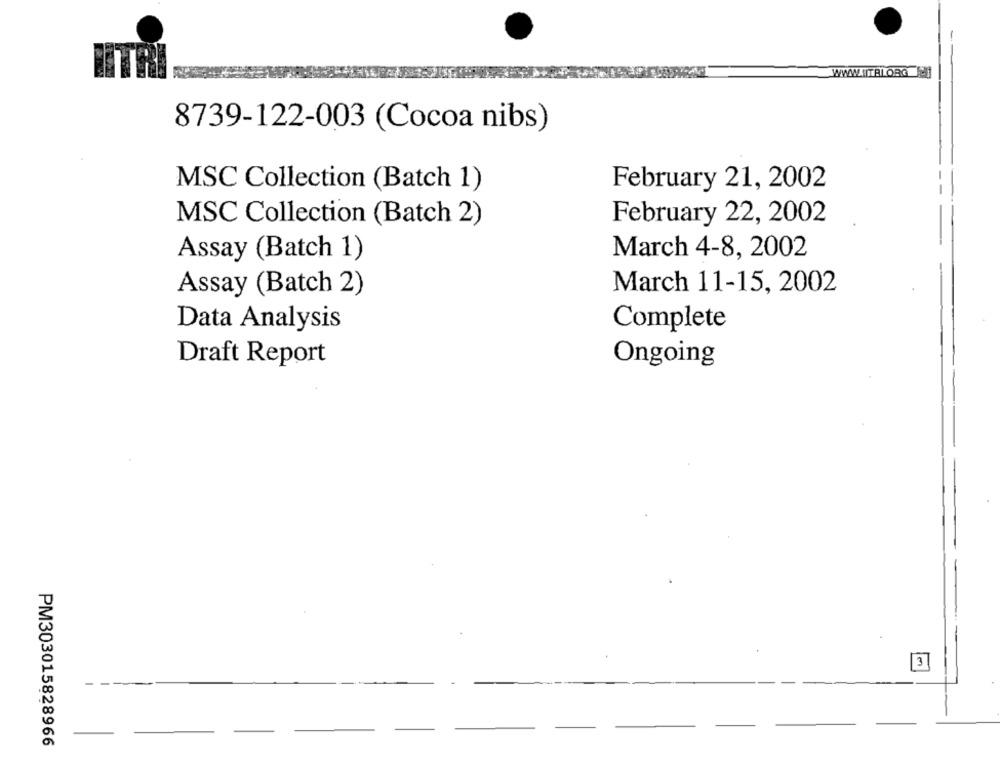
WWW .. ITAL.ORG MI
8739-122-003 (Cocoa nibs)
MSC Collection (Batch 1)
February 21, 2002
MSC Collection (Batch 2)
February 22, 2002
Assay (Batch 1)
March 4-8, 2002
March 11-15, 2002
Assay (Batch 2)
Data Analysis
Complete
Draft Report
Ongoing
3
PM303015828966